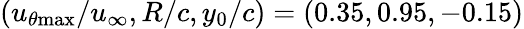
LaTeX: (u_{\theta\mathrm{{max}}}/u_{\infty},R/c,y_{0}/c)=(0.35,0.95,-0.15)